Indian Medical Review
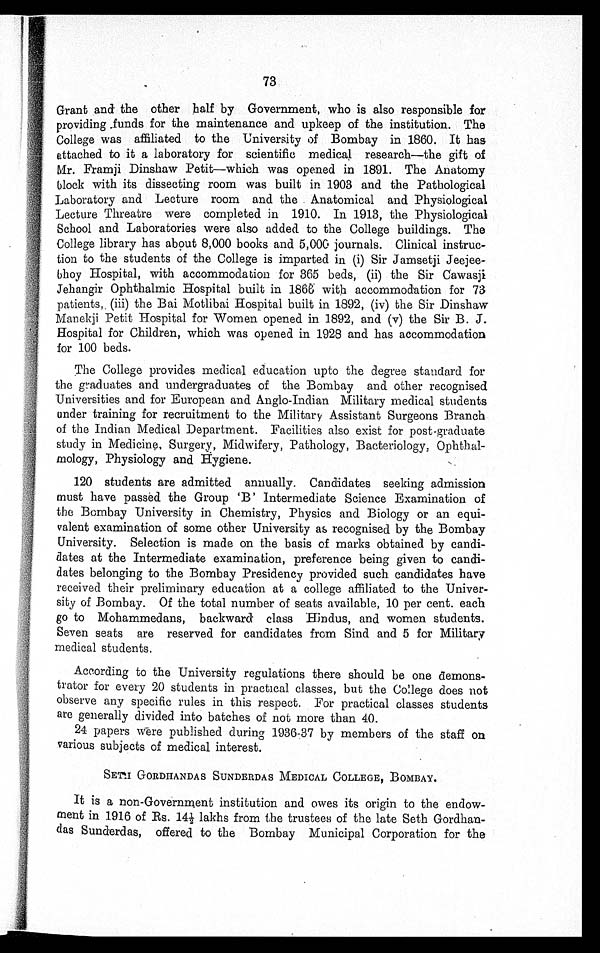
73
Grant and the other half by Government, who is also responsible for
providing funds for the maintenance and upkeep of the institution. The
College was affiliated to the University of Bombay in 1860. It has
attached to it a laboratory for scientific medical research—the gift of
Mr. Framji Dinshaw Petit—which was opened in 1891. The Anatomy
block with its dissecting room was built in 1903 and the Pathological
Laboratory and Lecture room and the Anatomical and Physiological
Lecture Threatre were completed in 1910. In 1913, the Physiological
School and Laboratories were also added to the College buildings. The
College library has about 8,000 books and 5,000 journals. Clinical instruc-
tion to the students of the College is imparted in (i) Sir Jamsetji Jeejee-
bhoy Hospital, with accommodation for 365 beds, (ii) the Sir Cawasji
Jehangir Ophthalmic Hospital built in 1866 wits accommodation for 73
patients, (iii) the Bai Motlibai Hospital built in 1892, (iv) the Sir Dinshaw
Manekji Petit Hospital for Women opened in 1892, and (v) the Sir B. J.
Hospital for Children, which was opened in 1928 and has accommodation
for 100 beds.
The College provides medical education upto the degree standard for
the graduates and undergraduates of the Bombay and other recognised
Universities and for European and Anglo-Indian Military medical students
under training for recruitment to the Military Assistant Surgeons Branch
of the Indian Medical Department. Facilities also exist for post-graduate
study in Medicine, Surgery, Midwifery, Pathology, Bacteriology, Ophthal-
mology, Physiology and Hygiene.
120 students are admitted annually. Candidates seeking admission
must have passed the Group 'B' Intermediate Science Examination of
the Bombay University in Chemistry, Physics and Biology or an equi-
valent examination of some other University as recognised by the Bombay
University. Selection is made on the basis of marks obtained by candi-
dates at the Intermediate examination, preference being given to candi-
dates belonging to the Bombay Presidency provided such candidates have
received their preliminary education at a college affiliated to the Univer-
sity of Bombay. Of the total number of seats available, 10 per cent. each
go to Mohammedans, backward class Hindus, and women students.
Seven seats are reserved for candidates from Sind and 5 for Military
medical students.
According to the University regulations there should be one demons-
trator for every 20 students in practical classes, but the College does not
observe any specific rules in this respect. For practical classes students
are generally divided into batches of not more than 40.
24 papers Were published during 1936-37 by members of the staff on
various subjects of medical interest.
SETH GORDHANDAS SUNDERDAS MEDICAL COLLEGE, BOMBAY.
It is a non-Government institution and owes its origin to the endow-
ment in 1916 of Rs. 14½ lakhs from the trustees of the late Seth Gordhan-
das Sunderdas, offered to the Bombay Municipal Corporation for the